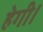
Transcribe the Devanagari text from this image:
हेगी।